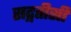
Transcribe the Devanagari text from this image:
सद्गतीसी